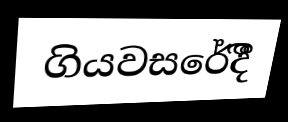
ගියවසරේදීී